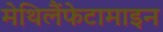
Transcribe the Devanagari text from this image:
मेथिलैंफेटामाइन